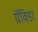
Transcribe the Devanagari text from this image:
ग्रॅविडा